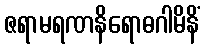
ဇရာမရဏနိရောဓဂါမိနိံ